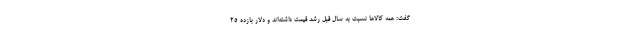
گفت: همه کالا‌ها نسبت به سال قبل رشد قیمت داشته‌اند و دلار بازده ۲۵